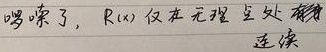
啰嗦了，\(R(x)\)仅在无理数处连续。